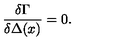
\frac { \delta \Gamma } { \delta \Delta ( x ) } = 0 .